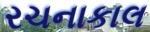
રચનાકાલ